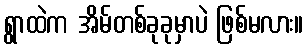
ရွာထဲက အိမ်တစ်ခုခုမှာပဲ ဖြစ်မလား။